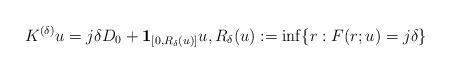
LaTeX: \begin{align*}K^{(\delta)} u = j\delta D_0+\mathbf 1_{[0,R_\delta(u)]}u,R_\delta(u):= \inf\{r:F(r;u)= j\delta\} \end{align*}